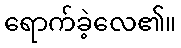
ရောက်ခဲ့လေ၏။